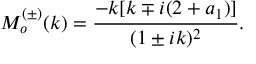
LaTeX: M _ { o } ^ { ( \pm ) } ( k ) = \frac { - k [ k \mp i ( 2 + a _ { 1 } ) ] } { ( 1 \pm i k ) ^ { 2 } } .